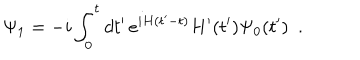
\Psi _ { 1 } = - i \int _ { 0 } ^ { t } d t ^ { \prime } \, e ^ { i H ( t ^ { \prime } - t ) } H ^ { \prime } ( t ^ { \prime } ) \Psi _ { 0 } ( t ^ { \prime } ) ~ ~ .